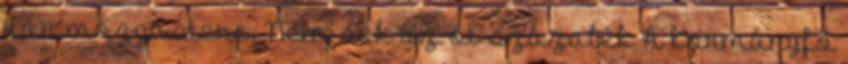
van mozgástere. Nem sok az öt százalék A kormányfő